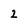
Character: 2